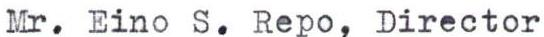
Mr. Eino S. Repo, Director